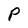
Character: P